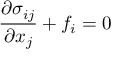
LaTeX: { \frac { \partial \sigma _ { i j } } { \partial x _ { j } } } + f _ { i } = 0